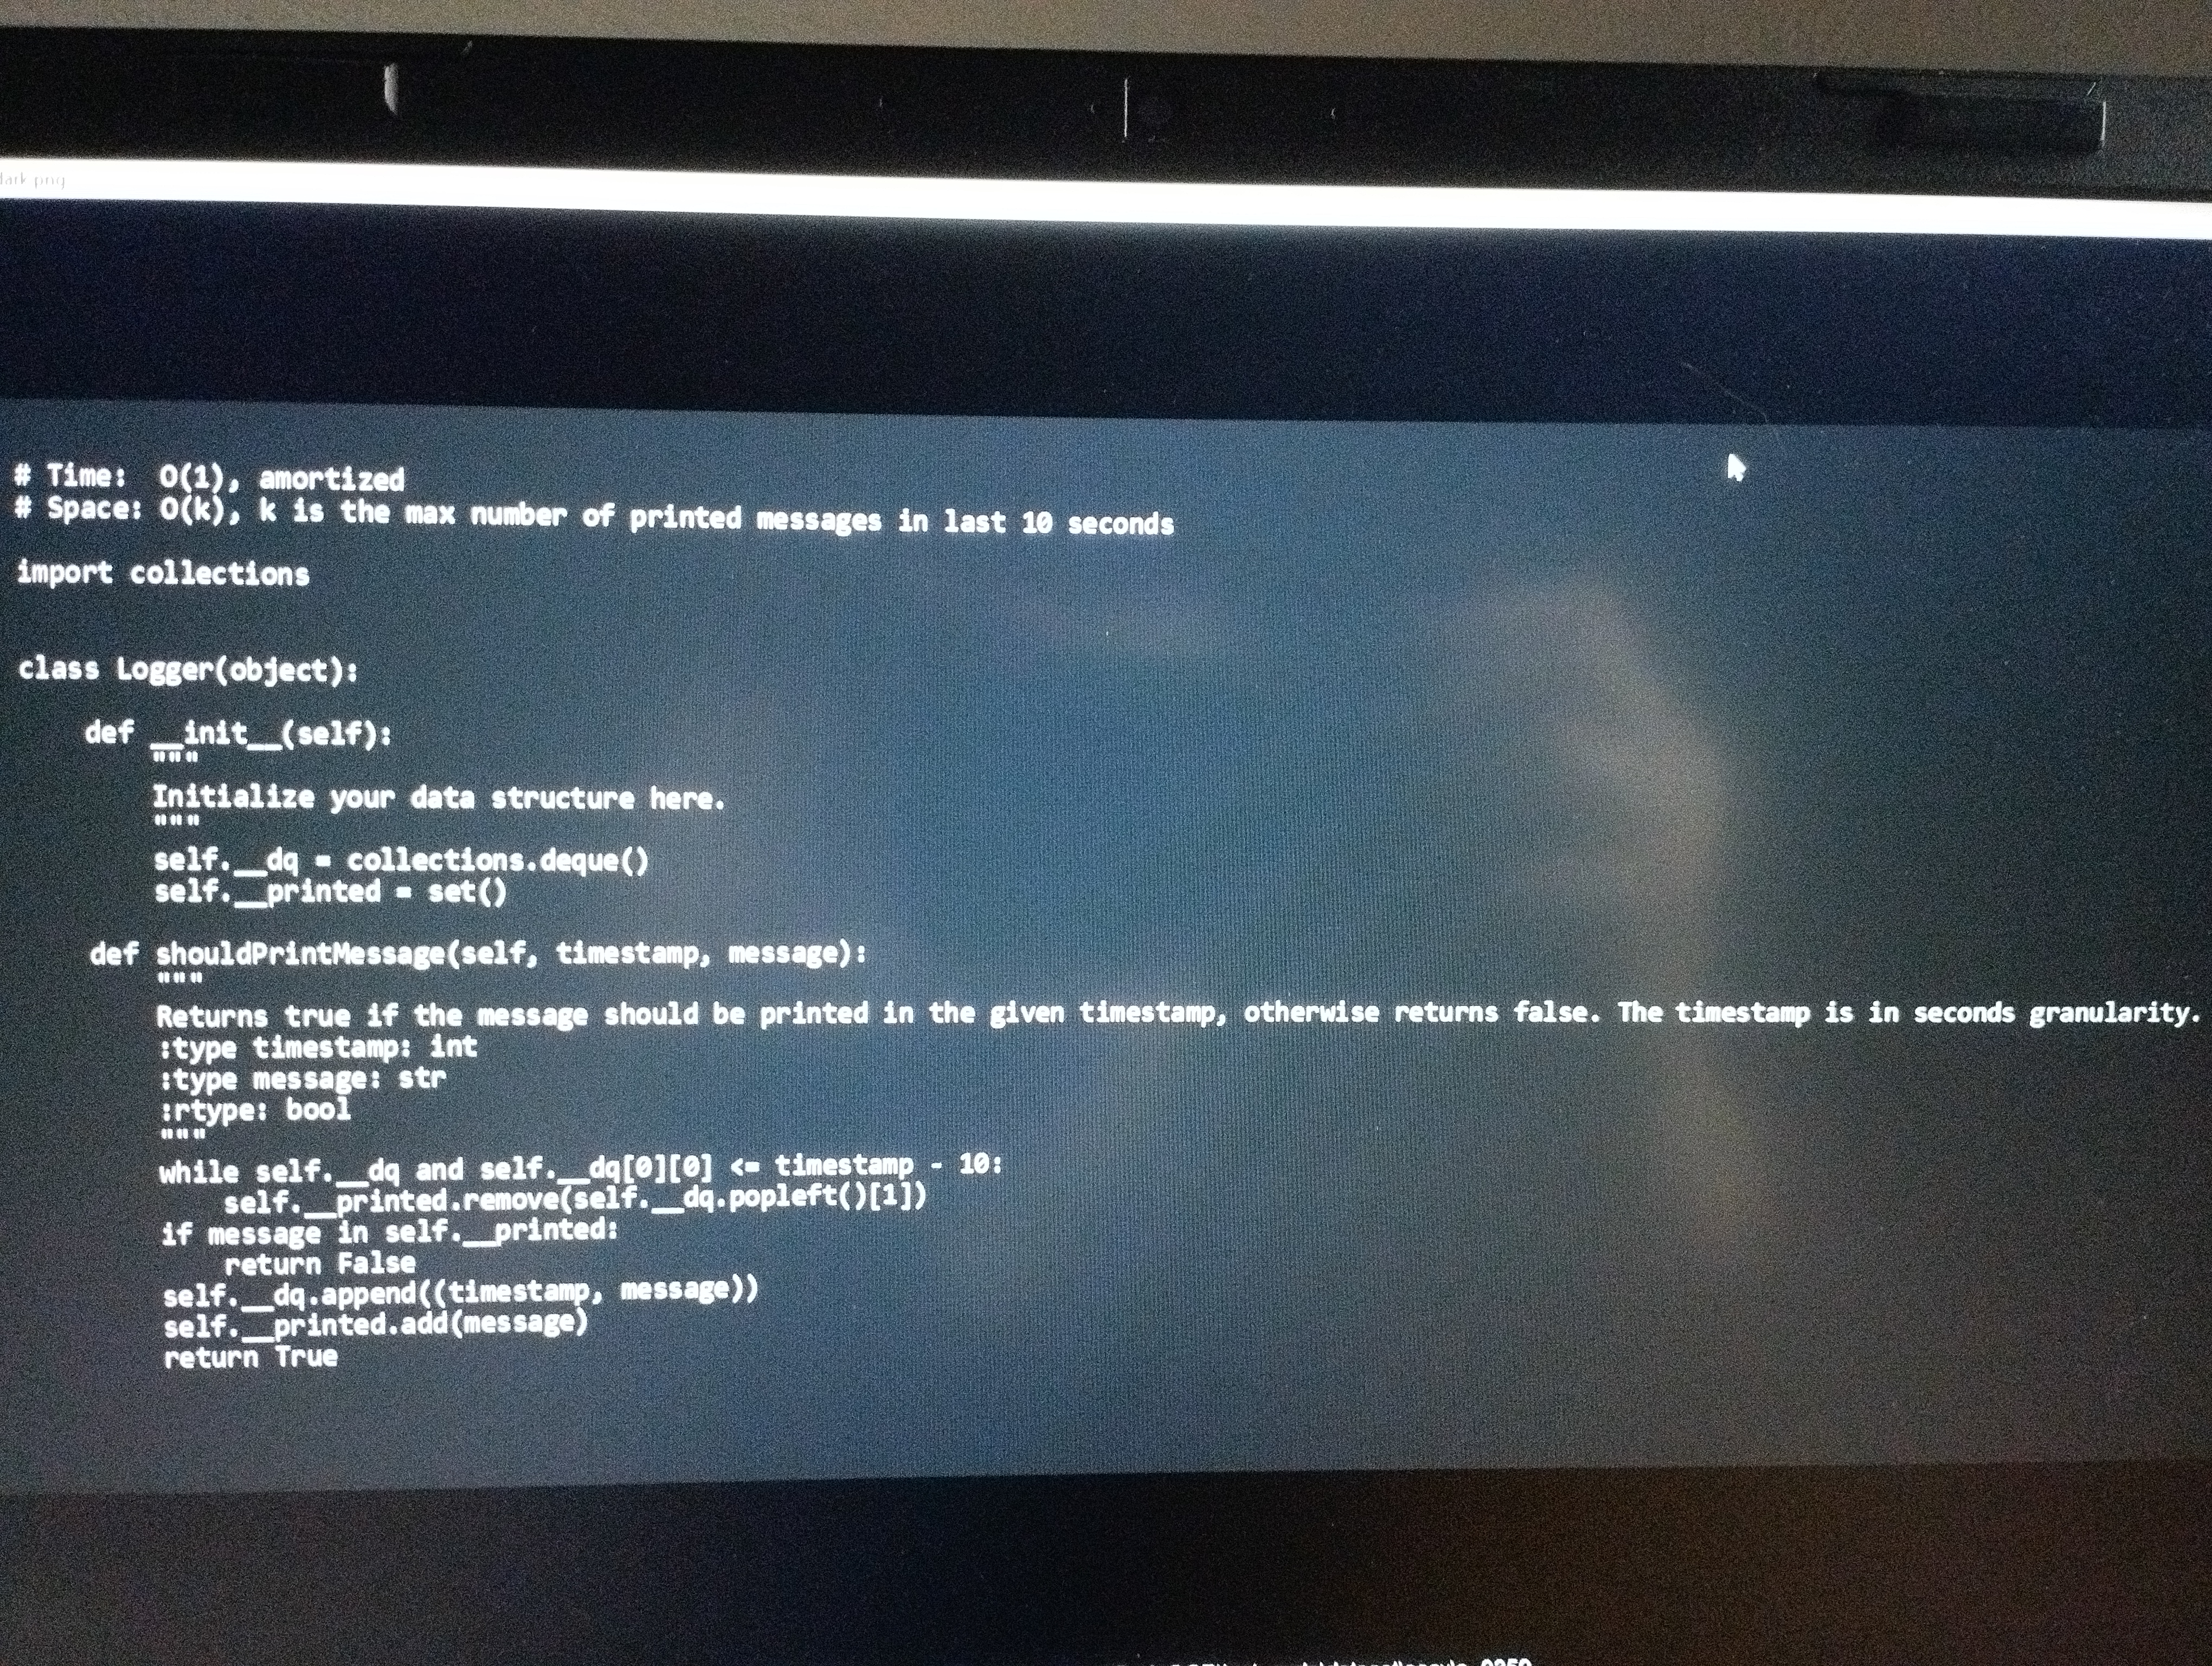
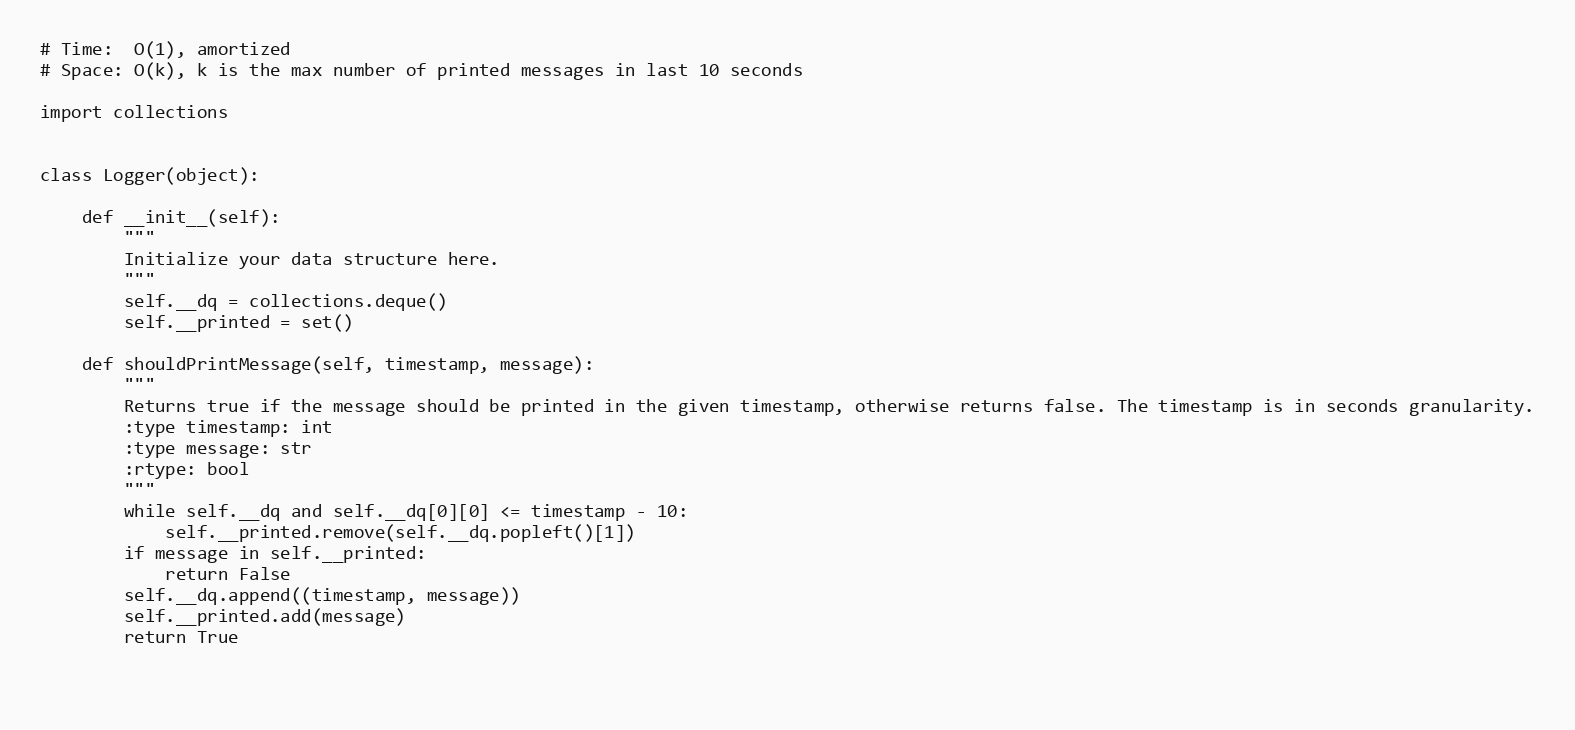
# Time:  O(1), amortized
# Space: O(k), k is the max number of printed messages in last 10 seconds

import collections

class Logger(object):

    def __init__(self):
        """
        Initialize your data structure here.
        """
        self.__dq = collections.deque()
        self.__printed = set()

    def shouldPrintMessage(self, timestamp, message):
        """
        Returns true if the message should be printed in the given timestamp, otherwise returns false. The timestamp is in seconds granularity.
        :type timestamp: int
        :type message: str
        :rtype: bool
        """
        while self.__dq and self.__dq[0][0] <= timestamp - 10:
            self.__printed.remove(self.__dq.popleft()[1])
        if message in self.__printed:
            return False
        self.__dq.append((timestamp, message))
        self.__printed.add(message)
        return True